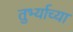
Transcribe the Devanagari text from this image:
तुर्भ्याच्या